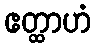
ဧတ္ထာဟံ